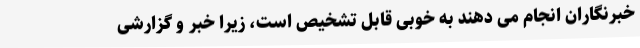
خبرنگاران انجام می دهند به خوبی قابل تشخیص است، زیرا خبر و گزارشی